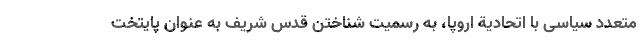
متعدد سیاسی با اتحادیة اروپا، به رسمیت شناختن قدس شریف به عنوان پایتخت